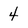
Character: 4